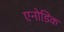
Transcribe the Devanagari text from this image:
एनोडिक